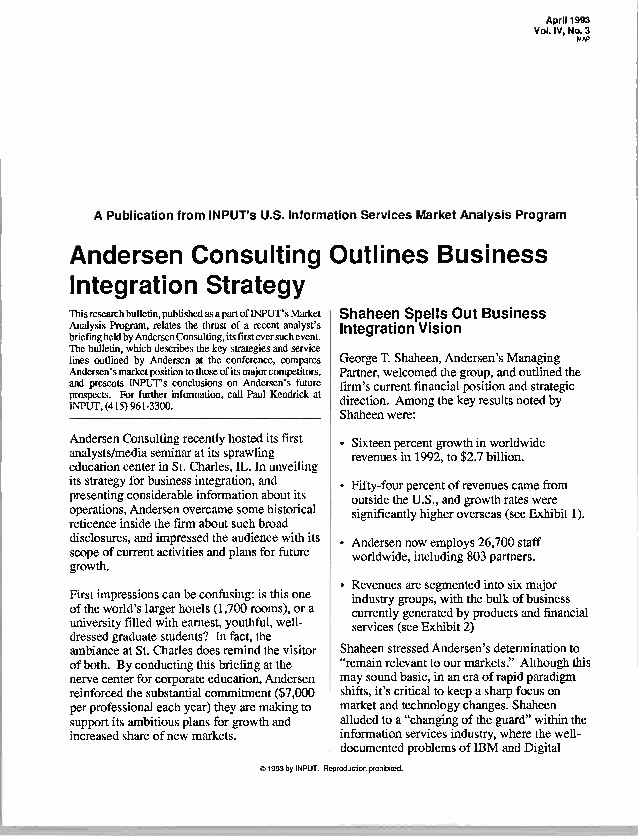
April1993
 Vol.IV,No M. A3
 P
 APublicationfromINPUT'SU.S.InformationServicesMarl<etAnalysisProgram
 Andersen Consulting Outlines Business
 Integration Strategy
 Thisresearchbulletin,publishedasapartofINPUT'SMarket ShaheenSpellsOutBusiness
 AnalysisProgram,relatesthethrustofarecentanalyst's IntegrationVision
 briefingheldbyAndersenConsulting,itsfirsteversuchevent.
 T lih ne esbu ol ul te lti in n, edwh bi ych Ad ne ds ec rr si ebe ns at the tk heey cs ot nr fa et re eg ni ces e,an cd omse pr av ri ec se GeorgeT.Shaheen,Andersen'sManaging
 Andersen'smarketpositiontothoseofitsmajorcompetitors, Partner,welcomedthegroup,andoutlinedthe
 andpresentsINPUT'SconclusionsonAndersen'sfuture firm'scurrentfinancialpositionandstrategic
 p Ir No Psp Ue Tc ,ts (. 415F )or 96f 1u -r 3t 3h 0er 0.information,callPaulKendrickat d Si hr ae hct ei eo nn. weA rm e:ongthekeyresultsnotedby
 AndersenConsultingrecentlyhosteditsfirst • Sixteenpercentgrowthinworldwide
 analysts/mediaseminaratitssprawling revenuesin1992,to$2.7billion.
 educationcenterinSt.Charles,IL.Inunveiling
 itsstrategyforbusinessintegration,and • Fifty-fourpercentofrevenuescamefrom
 presentingconsiderableinformationaboutits outsidetheU.S.,andgrowthrateswere
 operations,Andersenovercamesomehistorical significantlyhigheroverseas(seeExhibit1).
 reticenceinsidethefirmaboutsuchbroad
 disclosures,andimpressedtheaudiencewithits • Andersennowemploys26,700staff
 scopeofcurrentactivitiesandplansforfuture worldwide,including803parmers.
 growth.
 • Revenuesaresegmentedintosixmajor
 Firstimpressionscanbeconfusing:isthisone industrygroups,withthebulkofbusiness
 oftheworld'slargerhotels(1,700rooms),ora currentlygeneratedbyproductsandfinancial
 universityfilledwithearnest,youthful,well- services(seeExhibit2)
 dressedgraduatestudents? Infact,the
 ambianceatSt.Charlesdoesremindthevisitor ShaheenstressedAndersen'sdeterminationto
 ofboth. Byconductingthisbriefingatthe "remainrelevanttoourmarkets."Althoughthis
 nervecenterforcorporateeducation,Andersen maysoundbasic,inaneraofrapidparadigm
 reinforcedthesubstantialcommitment($7,000 shifts,it'scriticaltokeepasharpfocuson
 perprofessionaleachyear)theyaremakingto marketandtechnologychanges.Shaheen
 supportitsambitiousplansforgrowthand alludedtoa"changingoftheguard"withinthe
 increasedshareofnewmarkets. informationservicesindustry,wherethewell-
 documentedproblemsofIBMandDigital
 ©1993byINPUT.Reproductionprohibited.